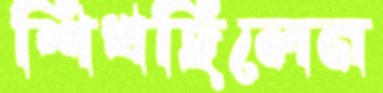
শিখছিলেন